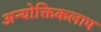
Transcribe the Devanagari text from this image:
अन्योक्तिकलाप